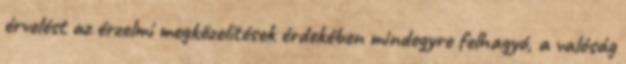
érvelést az érzelmi megközelítések érdekében mindegyre felhagyó, a valóság